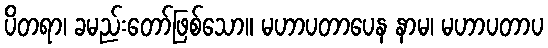
ပိတရာ၊ ခမည်းတော်ဖြစ်သော။ မဟာပတာပေန နာမ၊ မဟာပတာပ